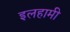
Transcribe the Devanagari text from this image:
इलहामी